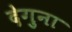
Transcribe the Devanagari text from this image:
देगुना